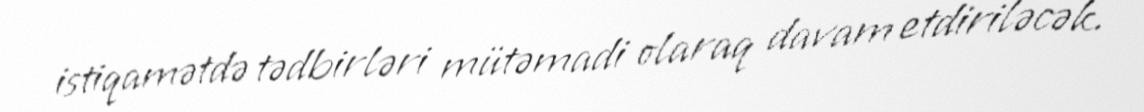
istiqamətdə tədbirləri mütəmadi olaraq davam etdiriləcək.